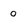
Character: 0